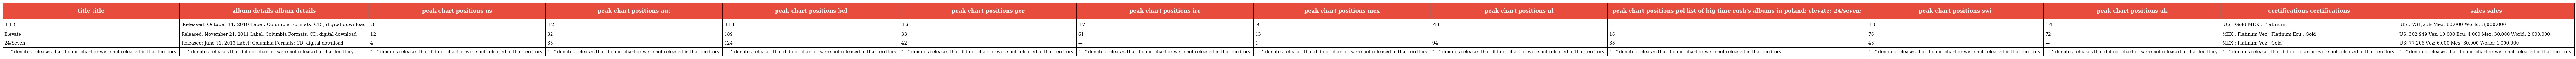
| title title | album details album details | peak chart positions us | peak chart positions aut | peak chart positions bel | peak chart positions ger | peak chart positions ire | peak chart positions mex | peak chart positions nl | peak chart positions pol list of big time rush's albums in poland: elevate: 24/seven: | peak chart positions swi | peak chart positions uk | certifications certifications | sales sales |
 | --- | --- | --- | --- | --- | --- | --- | --- | --- | --- | --- | --- | --- | --- |
 | BTR | Released: October 11, 2010 Label: Columbia Formats: CD , digital download | 3 | 12 | 113 | 16 | 17 | 9 | 43 | — | 18 | 14 | US : Gold MEX : Platinum | US : 731,259 Mex: 60,000 World: 3,000,000 |
 | Elevate | Released: November 21, 2011 Label: Columbia Formats: CD, digital download | 12 | 32 | 189 | 33 | 61 | 13 | — | 16 | 76 | 72 | MEX : Platinum Vez : Platinum Ecu : Gold | US: 302,949 Vez: 10,000 Ecu: 4,000 Mex: 30,000 World: 2,000,000 |
 | 24/Seven | Released: June 11, 2013 Label: Columbia Formats: CD, digital download | 4 | 35 | 124 | 42 | — | 1 | 94 | 38 | 43 | — | MEX : Platinum Vez : Gold | US: 77,206 Vez: 6,000 Mex: 30,000 World: 1,000,000 |
 | "—" denotes releases that did not chart or were not released in that territory. | "—" denotes releases that did not chart or were not released in that territory. | "—" denotes releases that did not chart or were not released in that territory. | "—" denotes releases that did not chart or were not released in that territory. | "—" denotes releases that did not chart or were not released in that territory. | "—" denotes releases that did not chart or were not released in that territory. | "—" denotes releases that did not chart or were not released in that territory. | "—" denotes releases that did not chart or were not released in that territory. | "—" denotes releases that did not chart or were not released in that territory. | "—" denotes releases that did not chart or were not released in that territory. | "—" denotes releases that did not chart or were not released in that territory. | "—" denotes releases that did not chart or were not released in that territory. | "—" denotes releases that did not chart or were not released in that territory. | "—" denotes releases that did not chart or were not released in that territory. |